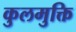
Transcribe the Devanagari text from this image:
कुलमुक्ति